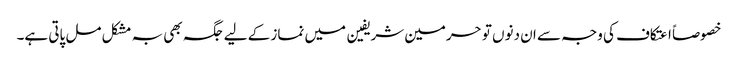
خصوصاً اعتکاف کی وجہ سے ان دنوں تو حرمین شریفین میں نماز کے لیے جگہ بھی بہ مشکل مل پاتی ہے۔